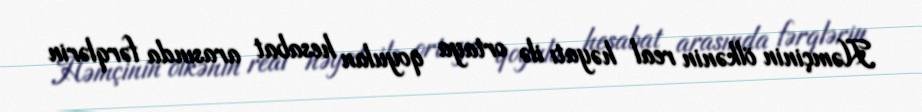
Həmçinin ölkənin real həyatı ilə ortaya qoyulan hesabat arasında fərqlərin